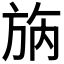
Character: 𣃰